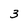
Character: 3